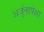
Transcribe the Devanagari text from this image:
अर्जुनापेक्षा